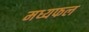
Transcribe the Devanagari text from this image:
मध्यफल